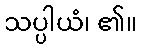
သပ္ပါယံ၊ ၏။